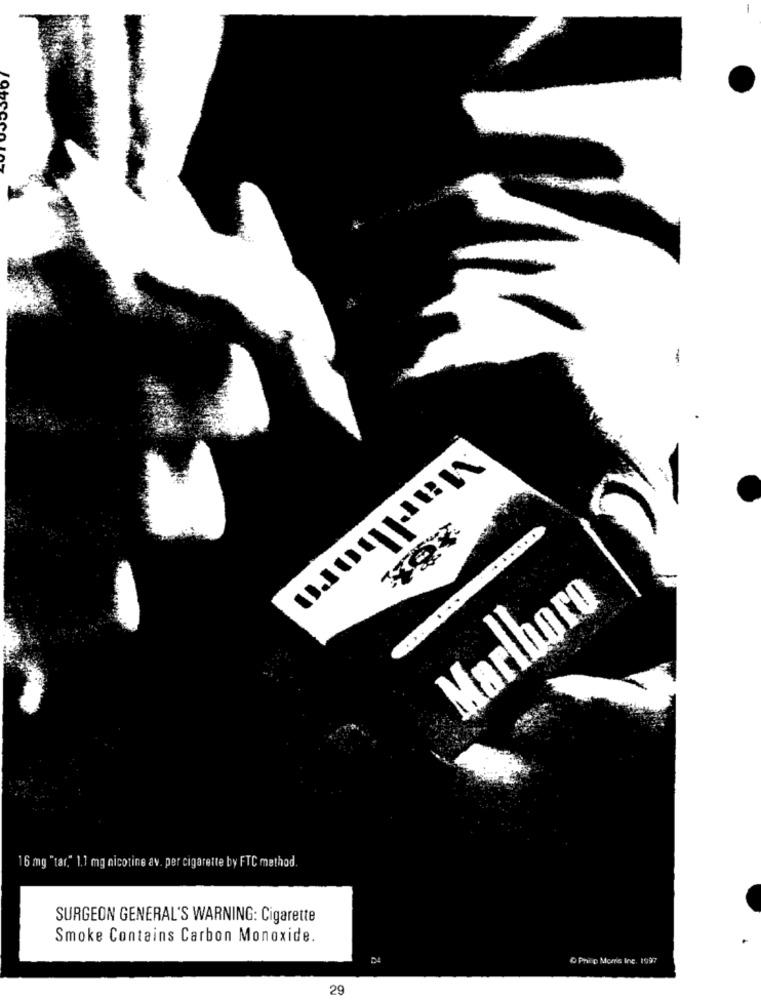
HOY
Marlboro
Marlboro
16 mg "tar." 1.1 mg nicotine av. per cigarette by FTC method.
SURGEON GENERAL'S WARNING: Cigarette
Smoke Contains Carbon Monoxide.
D Philip Morris Inc. 1997
29